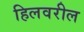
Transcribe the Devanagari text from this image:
हिलवरील